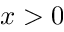
x > 0